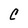
Character: C